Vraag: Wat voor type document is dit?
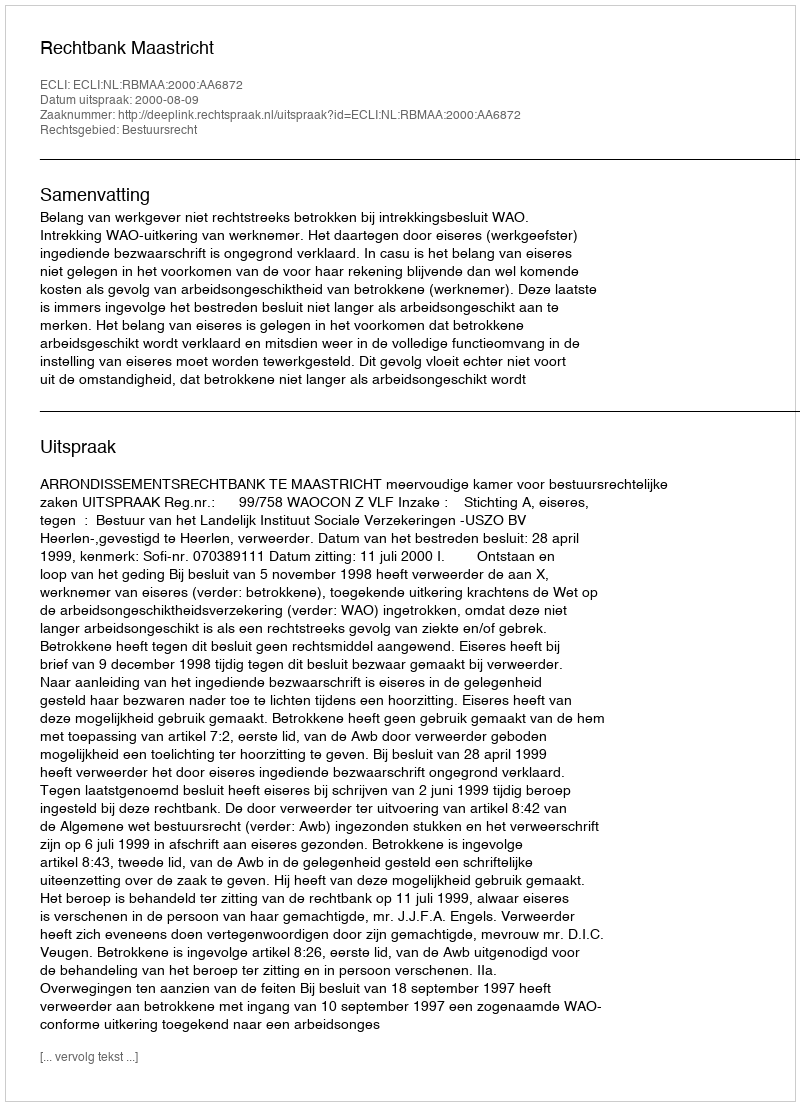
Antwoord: Uitspraak